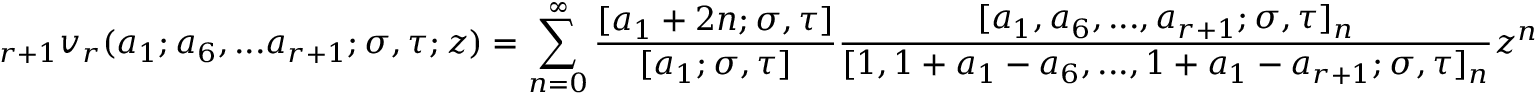
\displaystyle _ { r + 1 } v _ { r } ( a _ { 1 } ; a _ { 6 } , . . . a _ { r + 1 } ; \sigma , \tau ; z ) = \sum _ { n = 0 } ^ { \infty } { \frac { [ a _ { 1 } + 2 n ; \sigma , \tau ] } { [ a _ { 1 } ; \sigma , \tau ] } } { \frac { [ a _ { 1 } , a _ { 6 } , . . . , a _ { r + 1 } ; \sigma , \tau ] _ { n } } { [ 1 , 1 + a _ { 1 } - a _ { 6 } , . . . , 1 + a _ { 1 } - a _ { r + 1 } ; \sigma , \tau ] _ { n } } } z ^ { n }